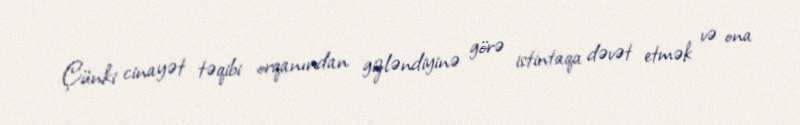
Çünki cinayət təqibi orqanından gizləndiyinə görə istintaqa dəvət etmək və ona